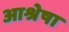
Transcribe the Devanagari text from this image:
आश्रेषा